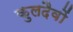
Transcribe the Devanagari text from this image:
कुलदैवों